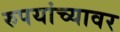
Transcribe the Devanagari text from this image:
रुपयांच्यावर